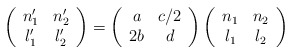
\begin{align*}\left(\begin{array}{cc}n'_1& n'_2 \\l'_1& l'_2\end{array}\right)=\left(\begin{array}{cc}a& c/2\\2b&d\end{array} \right) \left(\begin{array}{cc} n_1& n_2 \\l_1& l_2 \end{array}\right)\end{align*}